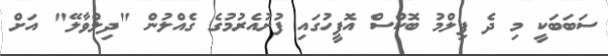
ސަބަބަކީ މި ދެ ފިލްމު ބޮކްސް އޮފީހުގައި ފުށުއެރުމުގެ ގެއްލުން "ދިލްވާލޭ" އަށް